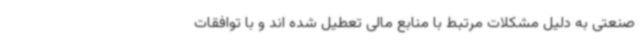
صنعتی به دلیل مشکلات مرتبط با منابع مالی تعطیل شده اند و با توافقات